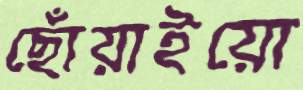
ছোঁয়াইয়ো